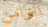
التزامن